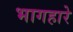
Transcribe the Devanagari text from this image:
भागहारे